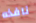
نافذه